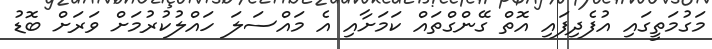
މަގުމަތީގައި އުފެދިފައި އޮތް ގޭންގްތައް ކަމަށާއި އެ މައްސަލަ ހައްލުކުރުމަށް ވަރަށް ބޮޑު